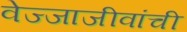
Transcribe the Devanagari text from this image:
वेज्जाजीवांची